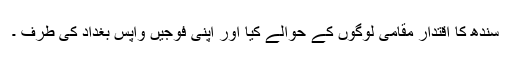
سندھ کا اقتدار مقامی لوگوں کے حوالے کیا اور اپنی فوجیں واپس بغداد کی طرف ۔